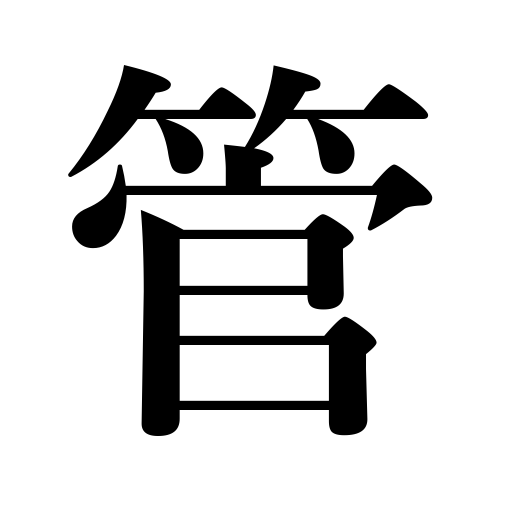
Meanings: tube,wind instrument,drunken talk,pipe,brush holder